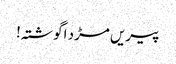
پیریں مڑد اگوشتہ!